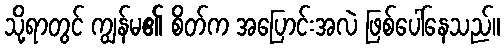
သို့ရာတွင် ကျွန်မ၏ စိတ်က အပြောင်းအလဲ ဖြစ်ပေါ်နေသည်။